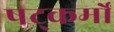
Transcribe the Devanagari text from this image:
षट्कर्मों